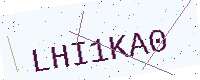
Text: LHI1KA0